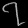
Digit: ၇